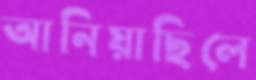
আনিয়াছিলে